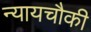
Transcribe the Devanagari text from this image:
न्यायचौकी